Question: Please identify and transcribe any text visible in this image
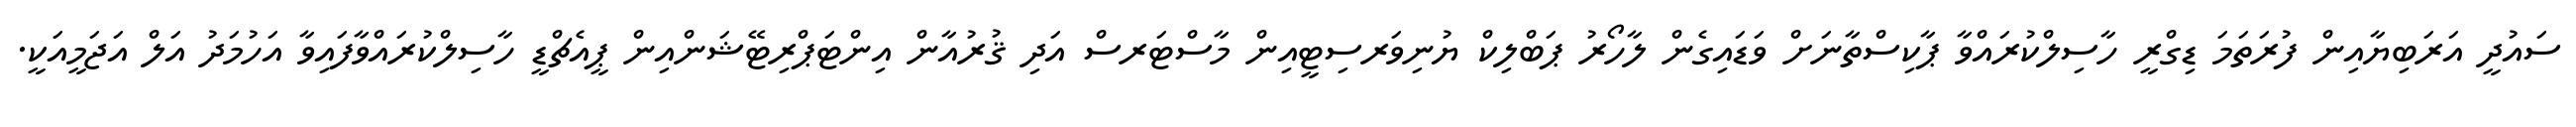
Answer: ސައުދީ އަރަބިޔާއިން ފުރަތަމަ ޑިގްރީ ހާސިލްކުރައްވާ ޕާކިސްތާނަށް ވަޑައިގެން ލާހޯރު ޕަބްލިކް ޔުނިވަރސިޓީއިން މާސްޓަރސް އަދި ޤުރުއާން އިންޓަޕްރިޓޭޝަންއިން ޕީއެޗްޑީ ހާސިލްކުރައްވާފައިވާ އަހުމަދު އަލް އަޖަމީއަކީ.